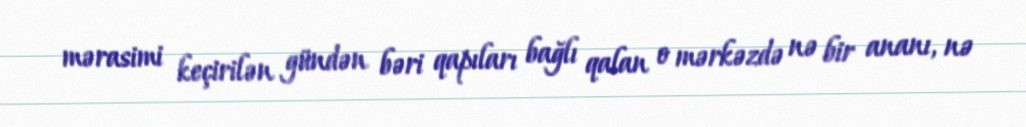
mərasimi keçirilən gündən bəri qapıları bağlı qalan o mərkəzdə nə bir ananı, nə